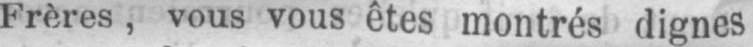
Frères, vous vous êtes montrés dignes